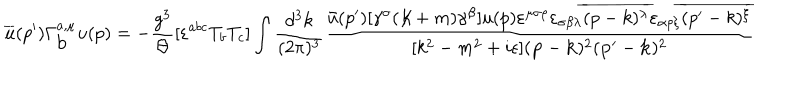
\overline { { u } } ( p ^ { \prime } ) \Gamma _ { \mathrm { b } } ^ { a , \mu } u ( p ) = - \frac { g ^ { 3 } } { \Theta } [ \varepsilon ^ { a b c } T _ { b } T _ { c } ] \int \frac { d ^ { 3 } k } { ( 2 \pi ) ^ { 3 } } \frac { \bar { u } ( p ^ { \prime } ) [ \gamma ^ { \sigma } ( \not \! k + m ) \gamma ^ { \beta } ] u ( p ) \varepsilon ^ { \mu \sigma \rho } \varepsilon _ { \sigma \beta \lambda } \overline { { { ( p - k ) ^ { \lambda } } } } \varepsilon _ { \alpha \rho \xi } \overline { { { ( p ^ { \prime } - k ) ^ { \xi } } } } } { [ k ^ { 2 } - m ^ { 2 } + i \epsilon ] ( { \bf p } - { \bf k } ) ^ { 2 } ( { \bf p } ^ { \prime } - { \bf k } ) ^ { 2 } }